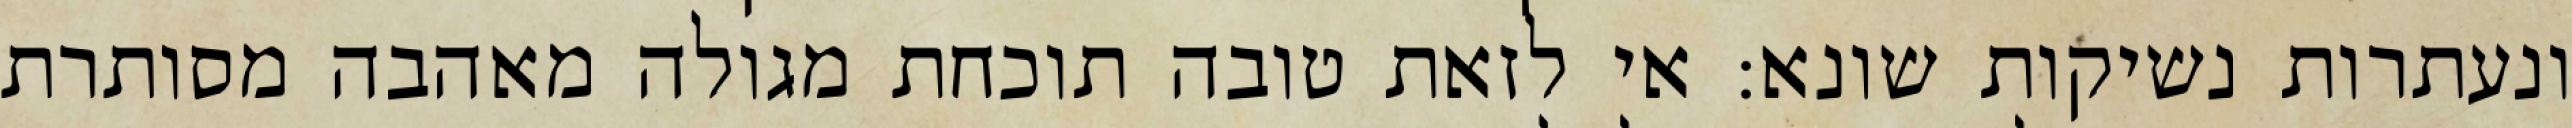
ונעתרות נשיקות שונא: אי לזאת טובה תוכחת מגולה מאהבה מסותרת